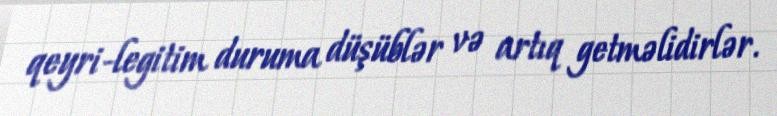
qeyri-legitim duruma düşüblər və artıq getməlidirlər.